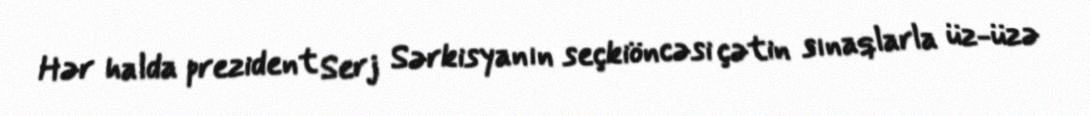
Hər halda prezident Serj Sərkisyanın seçkiöncəsi çətin sınaqlarla üz-üzə